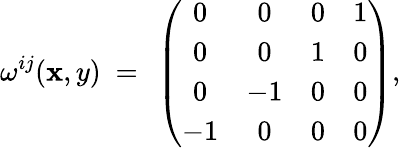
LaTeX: \omega^{ij}(\mathbf{x},y)~=~\left(\begin{array}{cccc}{{0}}&{{0}}&{{0}}&{{1}}\\ {{0}}&{{0}}&{{1}}&{{0}}\\ {{0}}&{{-1}}&{{0}}&{{0}}\\ {{-1}}&{{0}}&{{0}}&{{0}}\end{array}\right),